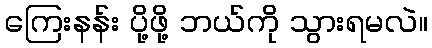
ကြေးနန်း ပို့ဖို့ ဘယ်ကို သွားရမလဲ။